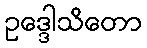
ဥဒ္ဒေါသိတော